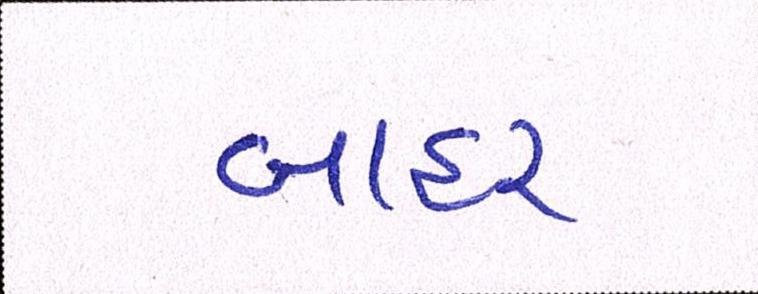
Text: બાહર